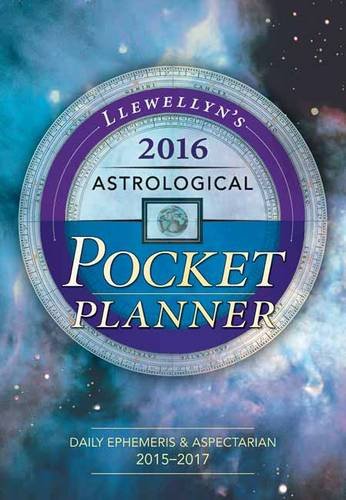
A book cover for Llewellyn's 2016 Astrological Pocket Planner: Daily Ephemeris & Aspectarian 2015-2017; Llewellyn; Religion & Spirituality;